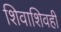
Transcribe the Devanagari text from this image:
शिवाशिवही